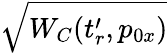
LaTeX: \sqrt{W_{C}(t_{r}^{\prime},p_{0x})}